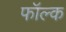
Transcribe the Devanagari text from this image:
फॉल्क